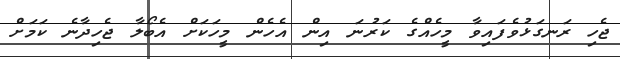
ޖެހި ރަނގަޅުވެފައިވާ މީހެއްގެ ކަރުނަ އިން އެހެން މީހަކަށް އެބޯލާ ޖެހިދާނެ ކަމަށް